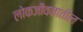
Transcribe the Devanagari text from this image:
लोकजीवनातील